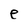
Character: e